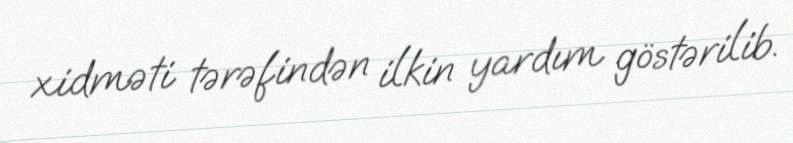
xidməti tərəfindən ilkin yardım göstərilib.